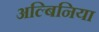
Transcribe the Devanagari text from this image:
अल्बिनिया